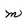
Character: m